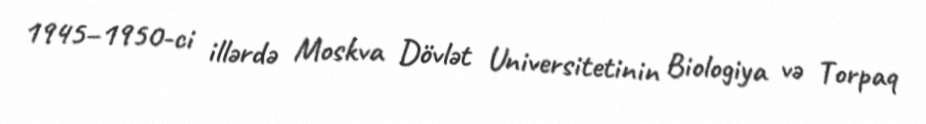
1945–1950-ci illərdə Moskva Dövlət Universitetinin Biologiya və Torpaq